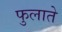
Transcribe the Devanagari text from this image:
फुलाते